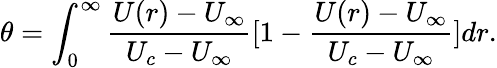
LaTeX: \theta=\int_{0}^{\infty}\frac{U(r)-U_{\infty}}{U_{c}-U_{\infty}}[1-\frac{U(r)-U_{\infty}}{U_{c}-U_{\infty}}]dr.